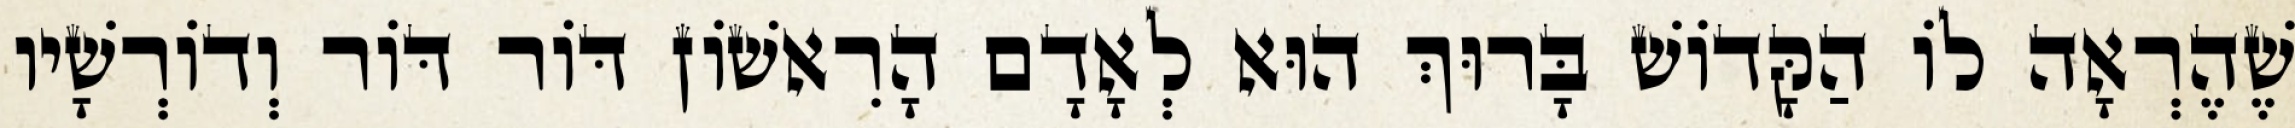
שֶׁהֶרְאָה לוֹ הַקָּדוֹשׁ בָּרוּךְ הוּא לְאָדָם הָרִאשׁוֹן דּוֹר דּוֹר וְדוֹרְשָׁיו